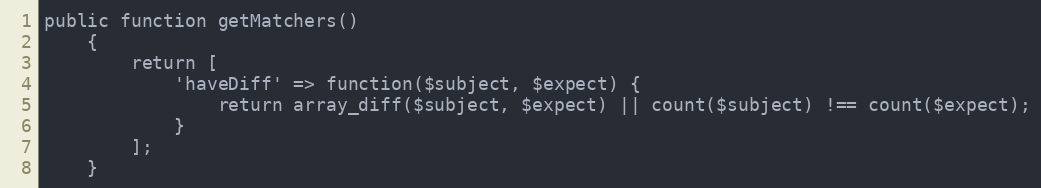
Language: PHP
public function getMatchers()
    {
        return [
            'haveDiff' => function($subject, $expect) {
                return array_diff($subject, $expect) || count($subject) !== count($expect);
            }
        ];
    }